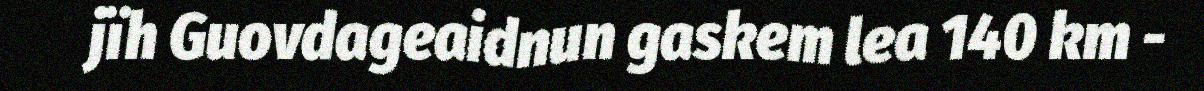
jïh Guovdageaidnun gaskem lea 140 km -